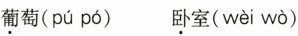
葡萄( pú pó )卧室( wèi wò )